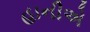
હાનીએ